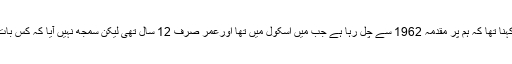
فیصل آباد میں تقریب سے خطاب کرتے ہوئے سابق وزیراعظم نوازشریف کا کہنا تھا کہ ہم پر مقدمہ 1962 سے چل رہا ہے جب میں اسکول میں تھا اورعمر صرف 12 سال تھی لیکن سمجھ نہیں آیا کہ کس بات پرمقدمہ چل رہا ہے، اپنے بیٹے سے تنخواہ نہیں لی تونکال کر باہرکردیا گیا۔